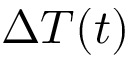
\Delta T ( t )